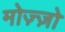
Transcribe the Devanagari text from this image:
मोज़्ज़ो